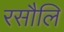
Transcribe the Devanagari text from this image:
रसौलि